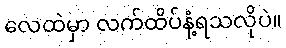
လေထဲမှာ လက်ထိပ်နံ့ရသလိုပဲ။